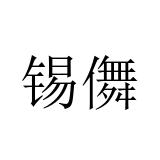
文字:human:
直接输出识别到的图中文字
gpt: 锡儛